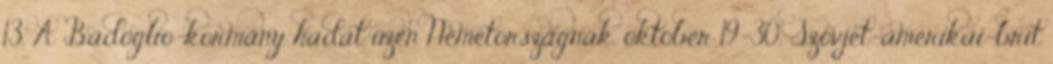
13. A Badoglio-kormány hadat üzen Németországnak. október 19-30. Szovjet-amerikai-brit